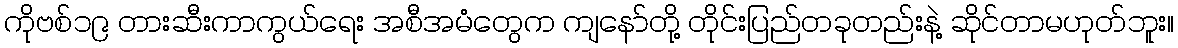
ကိုဗစ်၁၉ တားဆီးကာကွယ်ရေး အစီအမံတွေက ကျနော်တို့ တိုင်းပြည်တခုတည်းနဲ့ ဆိုင်တာမဟုတ်ဘူး။